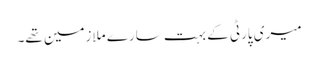
میری پارٹی کے بہت سارے ملازمین تھے۔